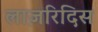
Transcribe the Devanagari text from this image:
लाज़रिदिस